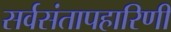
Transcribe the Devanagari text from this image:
सर्वसंतापहारिणी